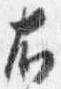
右